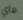
هاي